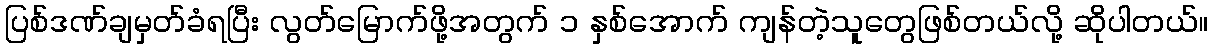
ပြစ်ဒဏ်ချမှတ်ခံရပြီး လွတ်မြောက်ဖို့အတွက် ၁ နှစ်အောက် ကျန်တဲ့သူတွေဖြစ်တယ်လို့ ဆိုပါတယ်။